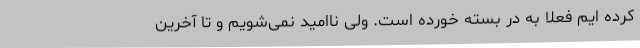
کرده ایم فعلا به در بسته خورده است. ولی ناامید نمی‌شویم و تا آخرین